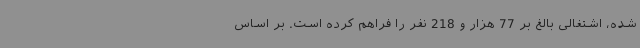
شده، اشتغالی بالغ بر 77 هزار و 218 نفر را فراهم کرده است. بر اساس